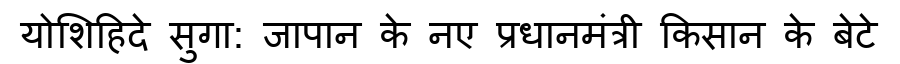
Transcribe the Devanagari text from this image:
योशिहिदे सुगा: जापान के नए प्रधानमंत्री किसान के बेटे